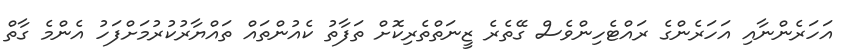
އަހަރެންނާއި އަހަރެންގެ ރައްޓެހިންވެސް ގޭތެރެ ޒީނަތްތެރިކޮށް ތަފާތު ކެއުންތައް ތައްޔާރުކުރުމަށްފަހު އެންމެ ގާތް